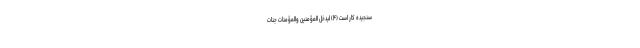
سنجيده كار است (۴) لِيُدْخِلَ الْمُؤْمِنِينَ وَالْمُؤْمِنَاتِ جَنَّاتٍ